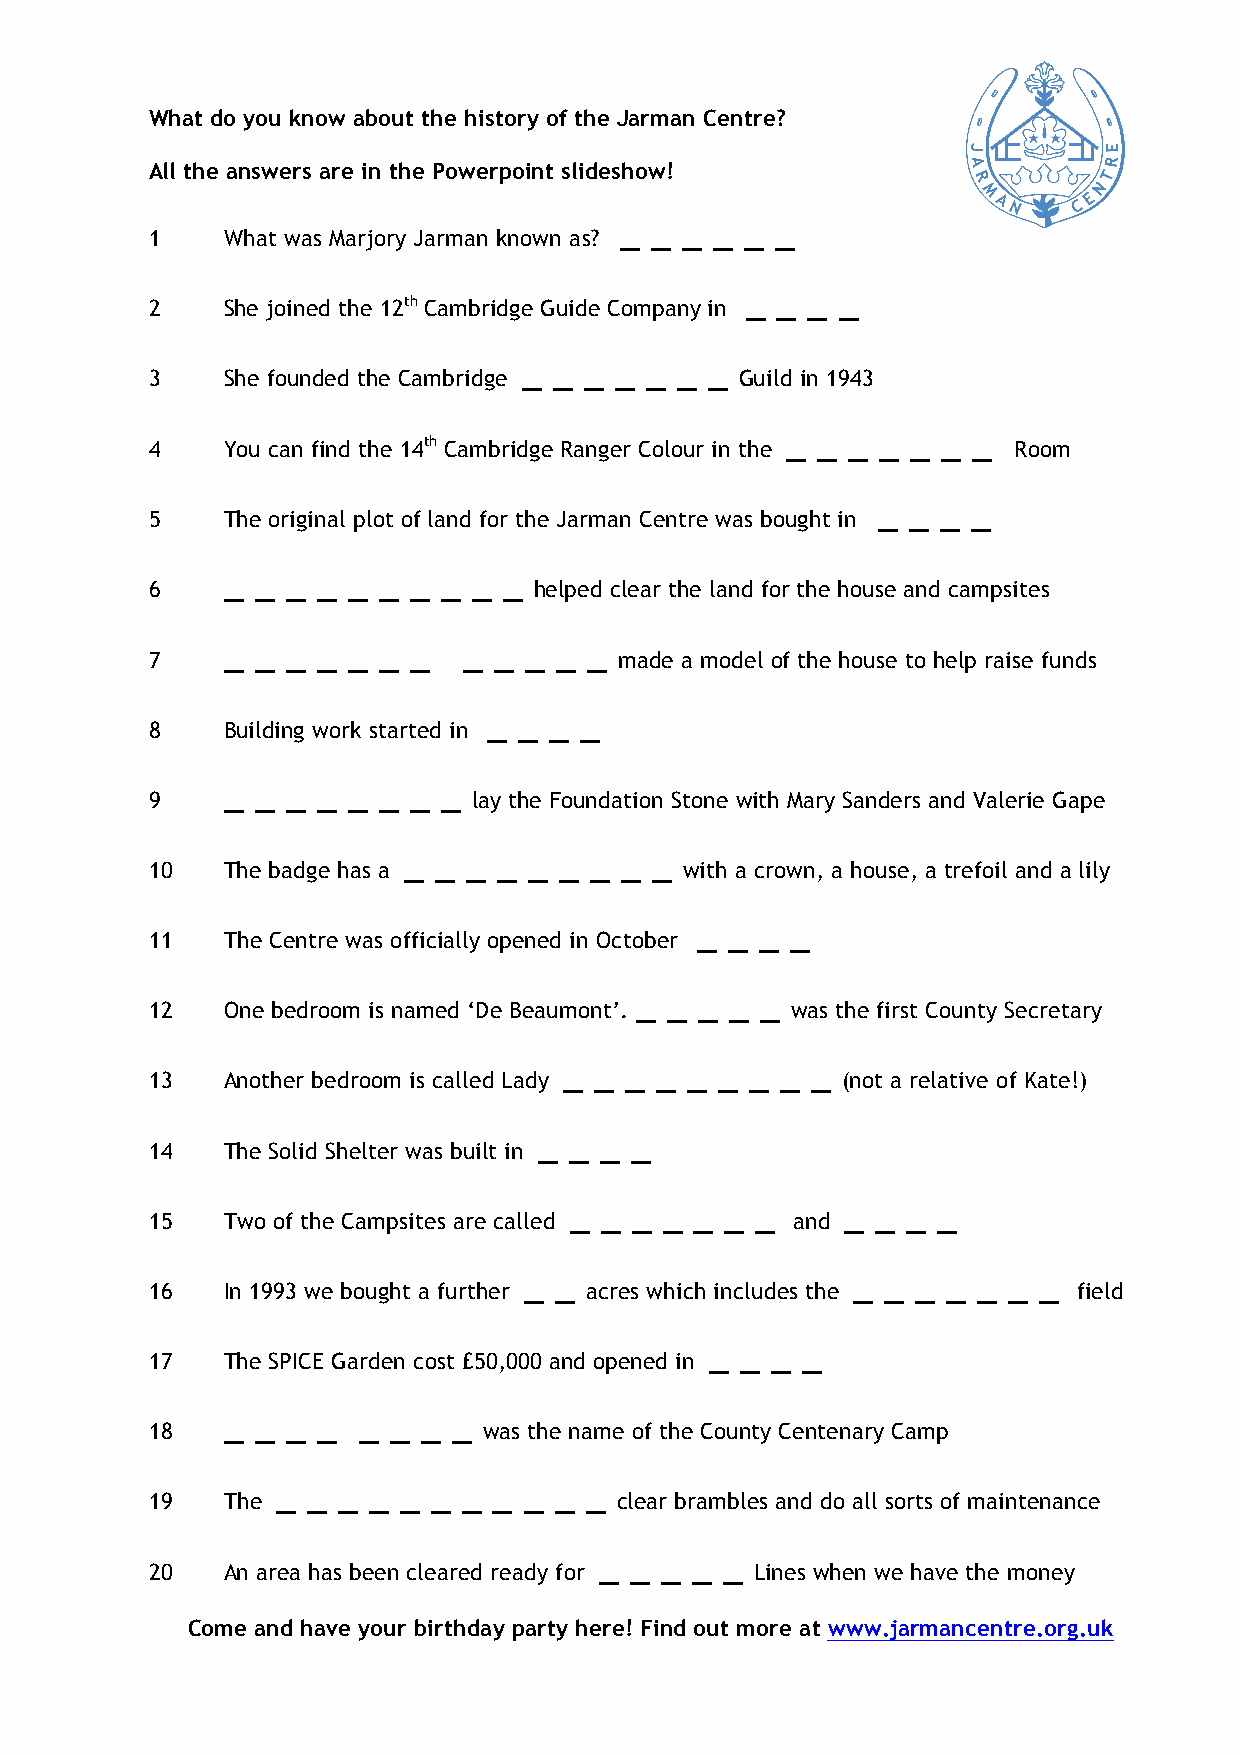
What do you know about the history of the Jarman Centre?
 All the answers are in the Powerpoint slideshow!
 _ _ _ _ _ _
 1    What was Marjory Jarman known as?
 _ _ _  _
 2    She joined the 12th Cambridge Guide Company in
 _ _ _ _ _ _ _
 3    She founded the Cambridge         Guild in 1943
 _ _ _ _ _ _ _
 4    You can find the 14th Cambridge Ranger Colour in the Room
 _ _ _ _
 5    The original plot of land for the Jarman Centre was bought in
 _ _ _ _ _ _ _ _ _ _
 6                        helped clear the land for the house and campsites
 _ _ _ _ _ _ _   _ _ _ _ _
 7                              made a model of the house to help raise funds
 _ _ _ _
 8    Building work started in
 _ _ _ _ _ _ _ _
 9                    lay the Foundation Stone with Mary Sanders and Valerie Gape
 _ _ _ _ _ _ _ _ _
 10   The badge has a               with a crown, a house, a trefoil and a lily
 _ _ _ _
 11   The Centre was officially opened in October
 _ _ _ _ _
 12   One bedroom is named ‘De Beaumont’.  was the first County Secretary
 _ _ _ _ _  _ _ _ _
 13   Another bedroom is called Lady           (not a relative of Kate!)
 _ _ _ _
 14   The Solid Shelter was built in
 _ _ _ _ _ _ _     _ _ _ _
 15   Two of the Campsites are called       and
 _ _                  _  _ _ _ _ _ _
 16   In 1993 we bought a further acres which includes the    field
 _ _ _ _
 17   The SPICE Garden cost £50,000 and opened in
 _ _ _ _  _ _ _ _
 18                    was the name of the County Centenary Camp
 _ _ _ _ _  _ _ _ _ _ _
 19   The                       clear brambles and do all sorts of maintenance
 _ _ _ _ _
 20   An area has been cleared ready for Lines when we have the money
 Come and have your birthday party here! Find out more at www.jarmancentre.org.uk